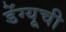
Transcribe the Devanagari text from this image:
डेंग्यूची